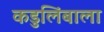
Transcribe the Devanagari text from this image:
कडुलिंबाला